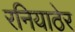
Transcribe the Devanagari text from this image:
रनियाठेर